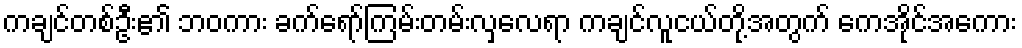
ကချင်တစ်ဦး၏ ဘဝကား ခက်ရော်ကြမ်းတမ်းလှလေရာ ကချင်လူငယ်တို့အတွက် ကေအိုင်အေကား